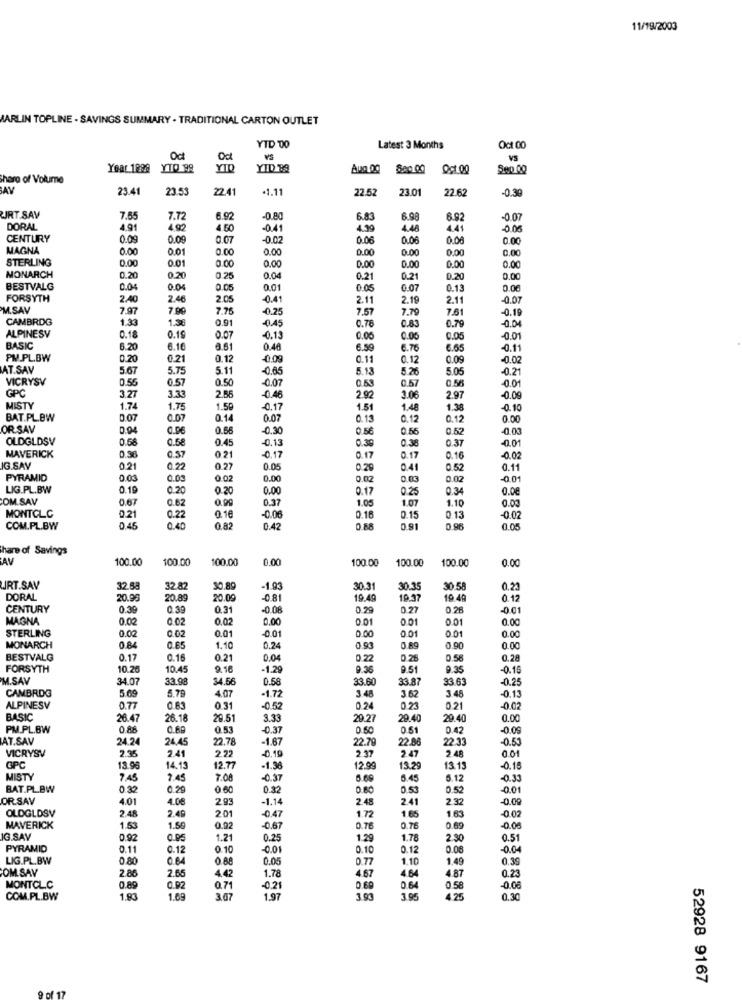
11/19/2003
MARLIN TOPLINE . SAVINGS SUMMARY . TRADITIONAL CARTON OUTLET
YTD 00
Latest 3 Months
Oct 00
Oct
Oct
VS
Year 1998
YTO 99
YID
YID 88
Aug 00
8a0.00
Sep 00
Share of Volume
AV
23.41
23.53
22.41
·1.11
22.52
23.01
22.6
-0.39
URT.SAV
7.55
7.72
-0.80
6.83
6.9
6.92
-0.07
DORAL
4.91
4.92
4.50
0.41
4.39
4.48
4.41
-0.00
CENTURY
0.09
0.00
0.07
-0.02
0.06
0.06
0.06
0.00
MAGNA
0.00
0.01
0.00
0.00
0.00
0.00
0.00
0.00
STERLING
0.00
0.01
0.00
0.00
0.00
0.00
0.00
0.00
MONARCH
0.20
0.20
0.25
0.04
0.21
0.21
0.20
0.00
BESTVALG
0.04
0.0
0.05
0.01
0.05
0.07
0.13
0.00
FORSYTH
2.40
2.46
2.05
0.41
2.11
2.19
2.11
-0 07
M.SAV
7.97
7.90
7.76
-0.25
7.57
7.70
7.61
-0.19
CAMBRDG
1.33
1.38
0.91
0.78
0.79
-0.04
-0.45
0.83
ALPINESV
0.18
0.19
0.07
-0.13
0.00
0.00
0.05
-0.01
BASIC
6.20
6.16
3.61
0.48
6.59
6.76
6.65
-0.11
PM.PL.BW
0.20
0.21
0.12
-0.09
0.11
0.12
0.09
-0.02
AT.SAV
5.67
5.75
5.11
-0.65
5.13
5.26
5.05
-0.21
VICRYSV
0.50
-0.07
0.53
0.57
0.56
0.01
GP
0.55
0.57
3.27
3.33
2.56
0.46
2.92
3.06
2.97
-0.09
MISTY
1.74
1.75
1.59
-0.17
1.51
1.48
1.38
-0.10
BAT.PL.BW
0.07
0.07
0.14
0.07
0.13
0.12
0.12
0.00
OR SAV
0.06
0.56
-0.30
0.5€
0.56
0.52
-0.03
OLDGLDSV
0.58
0.58
0.38
0.37
0.01
0.45
-0.13
0.39
MAVERICK
0.36
0.57
0.21
-0.17
0.17
0.17
0.16
-0.02
IG.SAV
0.21
0.22
0.27
0.05
0.29
0.41
0.52
0.11
PYRAMID
0.03
0.03
0.02
0.00
0.02
0.03
0.02
-0.01
LIG.PL.BW
0.19
0.20
0.20
0.00
0.17
0.25
0.34
0.00
COM.SAV
0.67
0.62
0.99
0.37
1.05
1.07
0.00
1.10
0.13
MONTCLC
0.21
0.22
0.16
-0.06
0.16
0.15
-0.02
COM.PL.BW
0.45
0.40
0.82
0.42
0.88
0.91
0.96
0.05
hare of Savings
AV
100.00
100.00
100.00
0.00
100.00
100.00
100.00
0.00
RT.SAV
32.58
32.8
30.89
-1.93
30.31
30.35
30.58
0.23
DORAL
20.96
20.89
20.09
-0.81
19.49
10.37
19.49
0.12
CENTURY
0.39
0.39
0.31
-0.08
0.29
0.27
0.26
-0.01
MAGNA
0.02
0.02
0.02
0.00
0 01
0.01
0.01
0,00
STERLING
0.02
0.02
0.01
001
0.00
0.01
-0.01
0.00
MONARCH
0.84
0.65
1.10
0.24
0.90
0.00
BESTVALG
0.17
0.16
0.21
0.04
0 .22
0.26
0.56
0.28
FORSYTH
10.25
10.45
9.16
-1.29
9.36
9.51
9.35
-0.16
M.SAV
34.07
33.98
34.56
0.58
33.60
33.87
33.6
-0.25
5.79
-1.72
3.62
3.48
CAMBRIDG
5.69
4.07
3.48
0.13
ALPINESV
0.77
0.83
0.31
-0.52
0.24
0.23
0.21
-0.02
BASIC
26.47
26.18
29.51
3.33
29.27
29.4
29.40
0.00
PM.PL.BW
0.88
0.69
0.53
-0.37
0.50
0.51
0.42
-0.09
AT.SAV
24.24
24,45
22.78
-1.67
22.79
22.86
22.33
-0.53
2.35
0.19
2.37
2.48
0.01
VICRYSV
2.41
2.22
2.47
GPC
13.96
14.13
12.77
-1.36
12.99
13.29
13.13
-0.15
MISTY
7.AS
7.45
7.08
-0.37
6.69
5.45
6.12
-0.33
BAT.PL.BW
0.32
0.29
0.60
082
0.80
0.53
0.52
0.01
OR.SAV
4.01
4.08
2.93
-1.14
2.48
241
2.32
-0.09
OLDGLDSV
2.4
1.63
2.49
2.01
-0.47
1.72
1.65
-0.02
MAVERICK
1.53
1.59
0.92
-0.67
0.76
0.76
0.69
-0.00
IG SAV
0.92
0.95
1.21
0.25
1.29
1.78
2.30
0.51
PYRAMID
0.11
0.12
0.10
-0.01
0.10
0.12
0.08
-0.04
LIG.PL.BW
0.80
0.64
0 88
0.05
0.77
1.10
1.49
0.39
COM.SAV
2.86
2.65
4.67
464
4.87
4.42
1.78
0.23
MONTCLC
0.89
0.92
0.71
-0.21
0.69
0.6
0.58
-0.06
COM.PL.BW
1.93
1.69
3.67
1.97
3.93
3.95
4.25
0.30
52928 9167